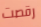
رقصت